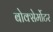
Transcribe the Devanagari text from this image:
बोक्सेर्मोटर